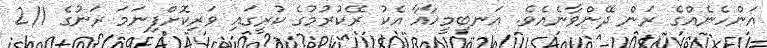
އަންހެނެއްގެ ރަން ދޭންވާނެއެވެ. އަނބިމީހާއާ އެކު ރޭކުރުމުގެ ކުރީގައި ވަރިކޮށްފިނަމަ ރަނުގެ 2/1